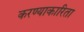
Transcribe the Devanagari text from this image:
करण्याकारिता